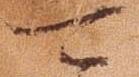
可